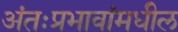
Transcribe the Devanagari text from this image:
अंतःप्रभावांमधील